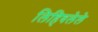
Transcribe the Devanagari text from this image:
लिहिवलेले